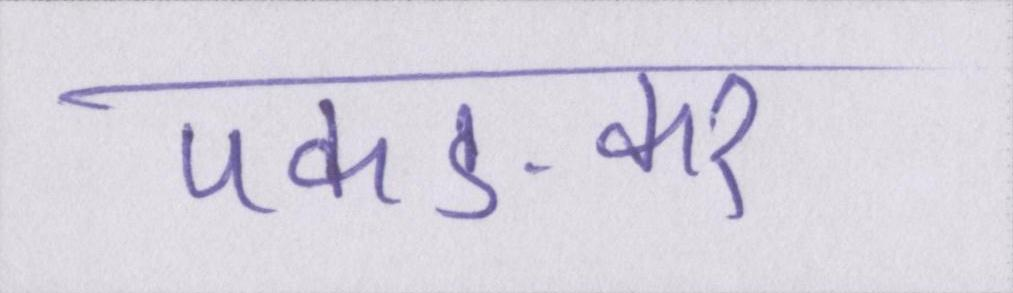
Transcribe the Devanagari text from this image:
पकङकर